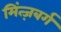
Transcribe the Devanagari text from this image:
मिंत्ज़बर्ग